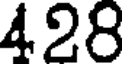
428